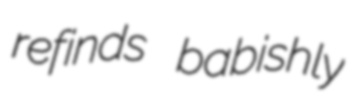
refinds babishly